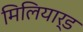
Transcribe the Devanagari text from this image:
मिलियार्ड